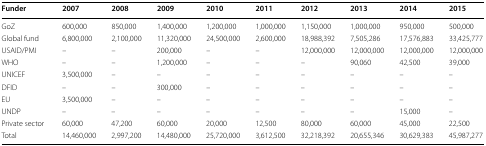
<table><thead><tr><td><b>Funder</b></td><td><b>2007</b></td><td><b>2008</b></td><td><b>2009</b></td><td><b>2010</b></td><td><b>2011</b></td><td><b>2012</b></td><td><b>2013</b></td><td><b>2014</b></td><td><b>2015</b></td></tr></thead><tbody><tr><td>GoZ</td><td>600,000</td><td>850,000</td><td>1,400,000</td><td>1,200,000</td><td>1,000,000</td><td>1,150,000</td><td>1,000,000</td><td>950,000</td><td>500,000</td></tr><tr><td>Global fund</td><td>6,800,000</td><td>2,100,000</td><td>11,320,000</td><td>24,500,000</td><td>2,600,000</td><td>18,988,392</td><td>7,505,286</td><td>17,576,883</td><td>33,425,777</td></tr><tr><td>USAID/PMI</td><td>–</td><td>–</td><td>200,000</td><td>–</td><td>–</td><td>12,000,000</td><td>12,000,000</td><td>12,000,000</td><td>12,000,000</td></tr><tr><td>WHO</td><td>–</td><td>–</td><td>1,200,000</td><td>–</td><td>–</td><td>–</td><td>90,060</td><td>42,500</td><td>39,000</td></tr><tr><td>UNICEF</td><td>3,500,000</td><td>–</td><td>–</td><td>–</td><td>–</td><td>–</td><td>–</td><td>–</td><td>–</td></tr><tr><td>DFID</td><td>–</td><td>–</td><td>300,000</td><td>–</td><td>–</td><td>–</td><td>–</td><td>–</td><td>–</td></tr><tr><td>EU</td><td>3,500,000</td><td>–</td><td>–</td><td>–</td><td>–</td><td>–</td><td>–</td><td>–</td><td>–</td></tr><tr><td>UNDP</td><td>–</td><td>–</td><td>–</td><td>–</td><td>–</td><td>–</td><td>–</td><td>15,000</td><td>–</td></tr><tr><td>Private sector</td><td>60,000</td><td>47,200</td><td>60,000</td><td>20,000</td><td>12,500</td><td>80,000</td><td>60,000</td><td>45,000</td><td>22,500</td></tr><tr><td>Total</td><td>14,460,000</td><td>2,997,200</td><td>14,480,000</td><td>25,720,000</td><td>3,612,500</td><td>32,218,392</td><td>20,655,346</td><td>30,629,383</td><td>45,987,277</td></tr></tbody></table>